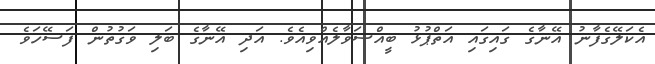
އެކަލޭގެފާނު އޭނާގެ ގައިގައި އަތްޕުޅު ބީއްސަވާލެއްވިއެވެ. އަދި އޭނާގެ ބަލި ވަގުތުން ފަސޭހަވެ